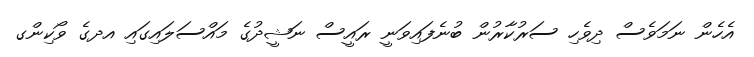
އެހެން ނަމަވެސް ދިވެހި ސަރުކާރުން ބުނެފައިވަނީ ރައީސް ނަޝީދުގެ މައްސަލައިގައި އދގެ ވޯކިންގ